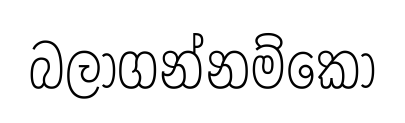
බලාගන්නම්කො